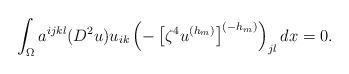
LaTeX: \begin{align*}\int_{\Omega}a^{ijkl}(D^{2}u)u_{ik}\left( -\left[ \zeta^{4}u^{\left(h_{m}\right) }\right] ^{\left( -h_{m}\right) }\right) _{jl}dx=0.\end{align*}